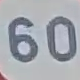
60